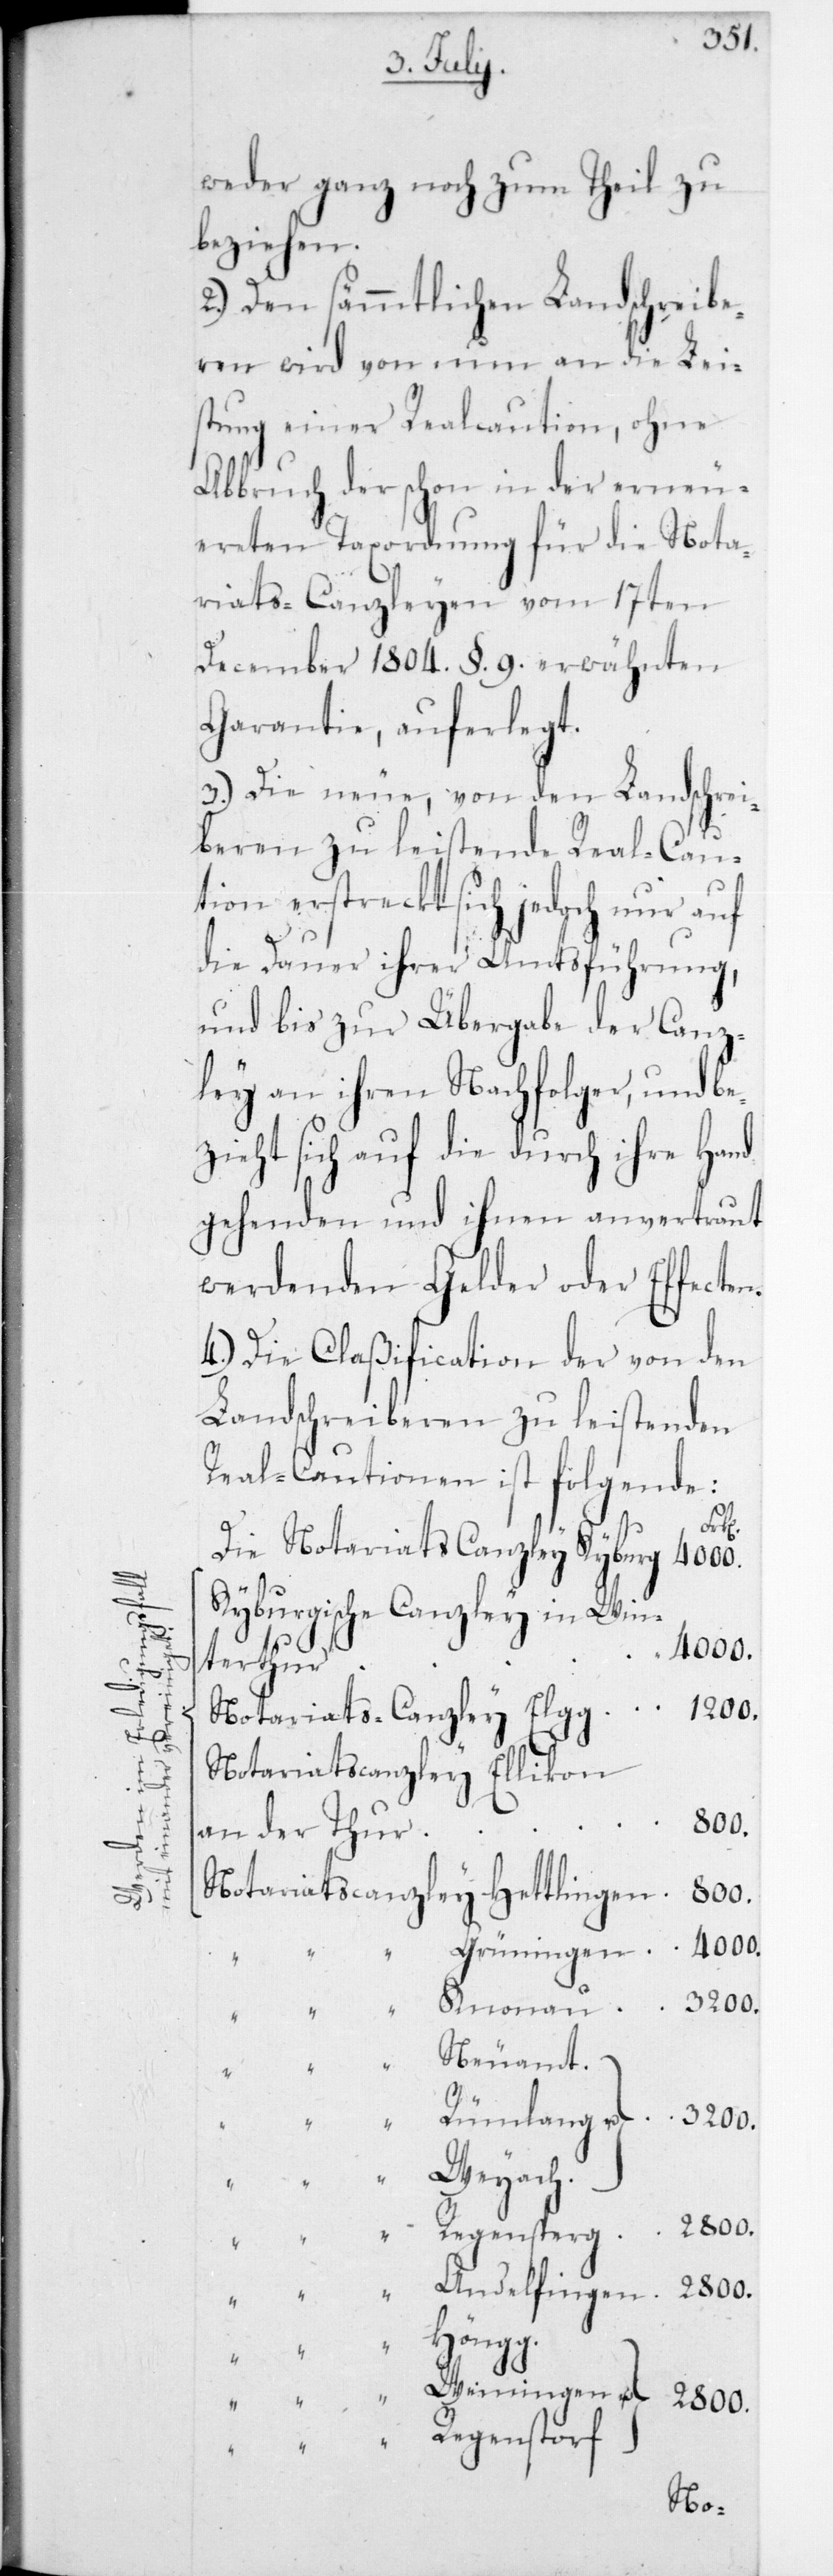
u.
2800.

in Win¬
weder ganz noch zum Theil zu
beziehen.
2.) Den sämmtlichen Landschreibe¬
ren wird von nun an die Leis¬
tung einer Realcauton, ohne
Abbruch der schon in der erneu¬
ereten Taxordnung für die Nota¬
riats-Canzleyen vom 17ten
December 1804, § 9 erwähnten
Garantie, auferlegt.
3.) Die neue, von den Landschrei¬
beren zu leistende Real-Cau¬
tion erstreckt sich jedoch nur auf
die Dauer ihrer Amtsführung,
und bis zur Übergabe der Canz¬
ley an ihren Nachfolger, und be¬
zieht sich auf die durch ihre Hand
gehenden und ihnen anvertraut
werdenden Gelder oder Effecten.
4.) Die Claßification der von den
Landschreiberen zu leistenden
Real-Cautionen ist folgende:
Kyburgische Canzley
4000.
terthur
2800.
an der Thur
Neuamt.
Höngg.
“
Regenstorf